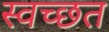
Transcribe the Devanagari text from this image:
स्वच्छत